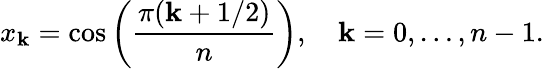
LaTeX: x_{\mathbf{k}}=\cos\left({\frac{{\pi(\mathbf{k}+1/2)}}{{n}}}\right),\quad\mathbf{k}=0,\ldots,n-1.